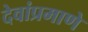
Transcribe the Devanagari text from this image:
देवांप्रमाणे